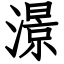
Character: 澋